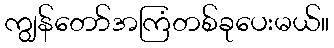
ကျွန်တော်အကြံတစ်ခုပေးမယ်။